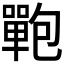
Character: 𰈻